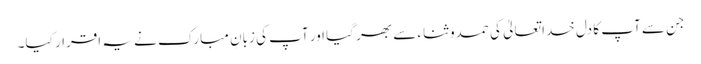
جن سے آپ کا دل خدا تعالیٰ کی حمدوثناء سے بھر گیا اور آپ کی زبانِ مبارک نے یہ اقرار کیا۔